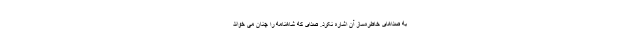
به صداهای خاطره‌ساز آن اشاره نکرد. صدای که شاهنامه را چنان می خواند